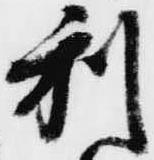
利